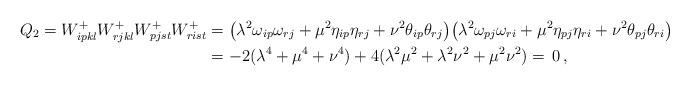
LaTeX: \begin{align*}Q_{2}=W^{+}_{ipkl}W^{+}_{rjkl}W^{+}_{pjst}W^{+}_{rist} &=\big( \lambda^{2}\omega_{ip}\omega_{rj}+\mu^{2}\eta_{ip}\eta_{rj}+\nu^{2}\theta_{ip}\theta_{rj}\big)\big( \lambda^{2}\omega_{pj}\omega_{ri}+\mu^{2}\eta_{pj}\eta_{ri}+\nu^{2}\theta_{pj}\theta_{ri}\big)\\&=-2(\lambda^{4}+\mu^{4}+\nu^{4})+4(\lambda^{2}\mu^{2}+\lambda^{2}\nu^{2}+\mu^{2}\nu^{2}) =\,0 \,,\end{align*}